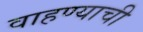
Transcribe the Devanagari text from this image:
वाहण्‍याची